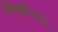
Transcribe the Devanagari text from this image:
त्रिमूर्तीनगर